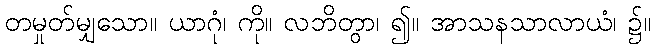
တမှုတ်မျှသော။ ယာဂုံ၊ ကို။ လဘိတွာ၊ ၍။ အာသနသာလာယံ၊ ၌။